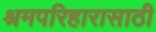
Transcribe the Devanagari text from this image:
श्रमपरिहारासाठी